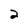
Character: 2